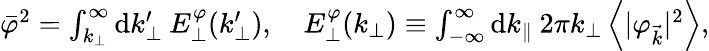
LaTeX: \begin{array}{r}{\bar{\varphi}^{2}=\int_{k_{\perp}}^{\infty}\mathrm{d}k_{\perp}^{\prime}\: E_{\perp}^{\varphi}(k_{\perp}^{\prime}),\quad E_{\perp}^{\varphi}(k_{\perp})\equiv\int_{-\infty}^{\infty}\mathrm{d}k_{\parallel}\: 2\pi k_{\perp}\left<|\varphi_{\vec{k}}|^{2}\right>,}\end{array}